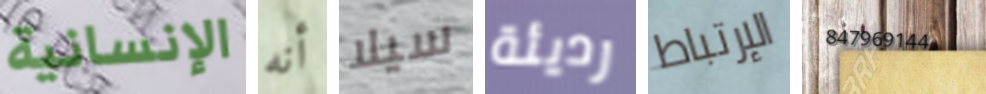
الإنسانية أنه سيلا رديئة الإرتباط 847969144